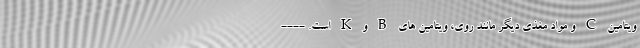
ویتامین C و مواد مغذی دیگر مانند روی، ویتامین های B و K است. ----